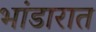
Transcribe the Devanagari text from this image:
भांडारात